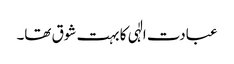
عبادت الٰہی کا بہت شوق تھا۔